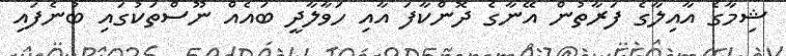
ޝިމާގެ އާއިލާގެ ފަރާތުން އޭނާގެ ދޮންކާފަ އާއި ހަވާލާދީ ބައެއް ނޫސްތަކުގައި ބުނެފައި